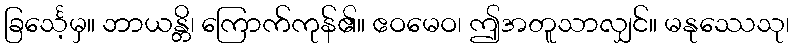
ခြင်္သေ့မှ။ ဘာယန္တိ၊ ကြောက်ကုန်၏။ ဧဝမေဝ၊ ဤအတူသာလျှင်။ မနုဿေသု၊